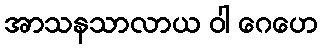
အာသနသာလာယ ဝါ ဂေဟေ